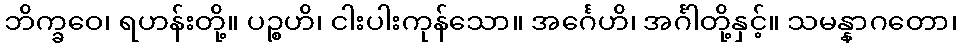
ဘိက္ခဝေ၊ ရဟန်းတို့။ ပဉ္စဟိ၊ ငါးပါးကုန်သော။ အင်္ဂေဟိ၊ အင်္ဂါတို့နှင့်။ သမန္နာဂတော၊